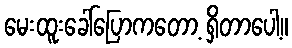
မေးထူးခေါ်ပြောကတော့ ရှိတာပေါ့။